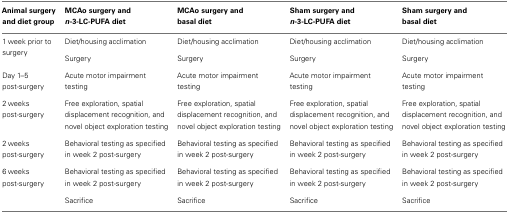
<table><thead><tr><td><b>Animal surgery and diet group</b></td><td><b>MCAo surgery and <i>n</i>-3-LC-PUFA diet</b></td><td><b>MCAo surgery and basal diet</b></td><td><b>Sham surgery and <i>n</i>-3-LC-PUFA diet</b></td><td><b>Sham surgery and basal diet</b></td></tr></thead><tbody><tr><td>1 week prior to surgery</td><td>Diet/housing acclimation</td><td>Diet/housing acclimation</td><td>Diet/housing acclimation</td><td>Diet/housing acclimation</td></tr><tr><td></td><td>Surgery</td><td>Surgery</td><td>Surgery</td><td>Surgery</td></tr><tr><td>Day 1–5 post-surgery</td><td>Acute motor impairment testing</td><td>Acute motor impairment testing</td><td>Acute motor impairment testing</td><td>Acute motor impairment testing</td></tr><tr><td>2 weeks post-surgery</td><td>Free exploration, spatial displacement recognition, and novel object exploration testing</td><td>Free exploration, spatial displacement recognition, and novel object exploration testing</td><td>Free exploration, spatial displacement recognition, and novel object exploration testing</td><td>Free exploration, spatial displacement recognition, and novel object exploration testing</td></tr><tr><td>2 weeks post-surgery</td><td>Behavioral testing as specified in week 2 post-surgery</td><td>Behavioral testing as specified in week 2 post-surgery</td><td>Behavioral testing as specified in week 2 post-surgery</td><td>Behavioral testing as specified in week 2 post-surgery</td></tr><tr><td>6 weeks post-surgery</td><td>Behavioral testing as specified in week 2 post-surgery</td><td>Behavioral testing as specified in week 2 post-surgery</td><td>Behavioral testing as specified in week 2 post-surgery</td><td>Behavioral testing as specified in week 2 post-surgery</td></tr><tr><td></td><td>Sacrifice</td><td>Sacrifice</td><td>Sacrifice</td><td>Sacrifice</td></tr></tbody></table>